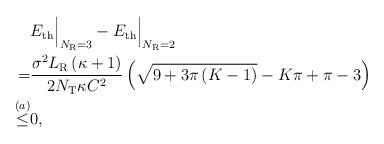
LaTeX: \begin{align*} \begin{aligned} &{E_{{\rm{th}}}}\Big{|}_{N_{\rm R}=3}-{E_{{\rm{th}}}}\Big{|}_{N_{\rm R}=2}\\ =&\frac{{{\sigma ^2}{L_{\rm{R}}}\left( {\kappa + 1} \right)}}{{2{N_{\rm{T}}}\kappa {C^2}}}\left( {\sqrt {9 + 3\pi \left( {K - 1} \right)} - {K\pi}+ \pi - 3 } \right)\\ \mathop \le \limits^{\left( a \right)}& 0, \end{aligned} \end{align*}